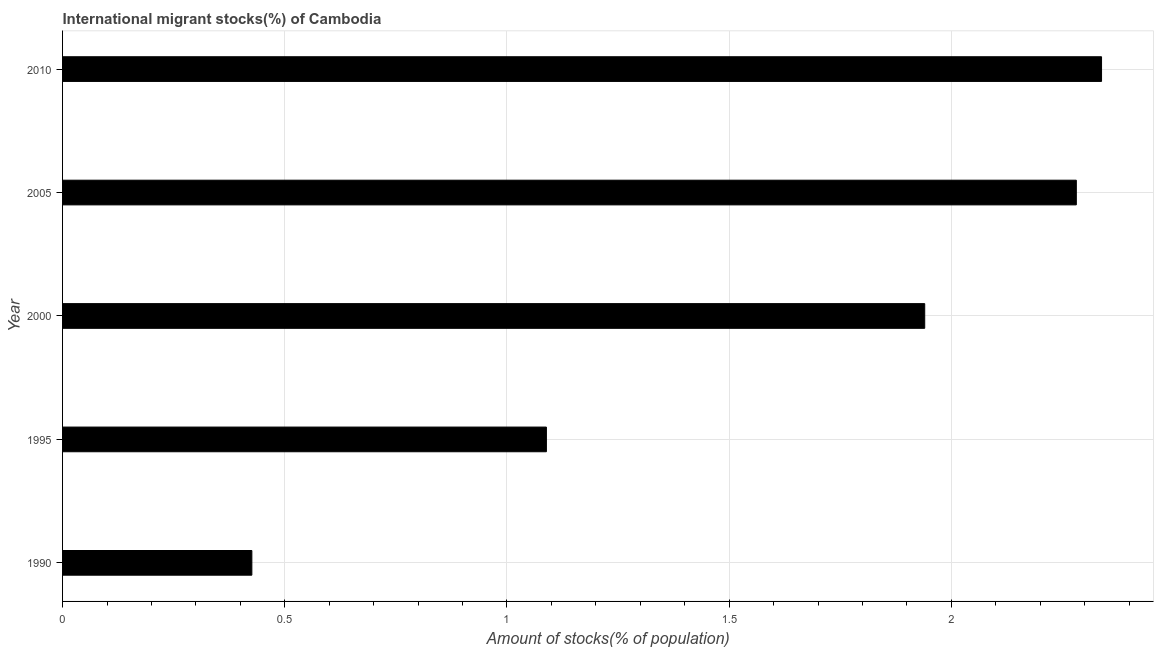
| Year | International migrant stock |
 | --- | --- |
 | 1990 | 0.426 |
 | 1995 | 1.09 |
 | 2000 | 1.94 |
 | 2005 | 2.28 |
 | 2010 | 2.34 |